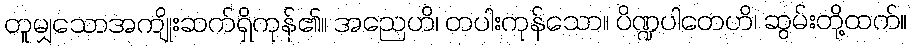
တူမျှသောအကျိုးဆက်ရှိကုန်၏။ အညေဟိ၊ တပါးကုန်သော။ ပိဏ္ဍပါတေဟိ၊ ဆွမ်းတို့ထက်။